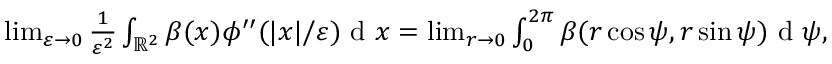
\begin{array} { r } { \operatorname* { l i m } _ { \varepsilon \to 0 } \frac { 1 } { \varepsilon ^ { 2 } } \int _ { \mathbb { R } ^ { 2 } } \beta ( x ) \phi ^ { \prime \prime } ( | x | / \varepsilon ) \textrm { d } x = \operatorname* { l i m } _ { r \to 0 } \int _ { 0 } ^ { 2 \pi } \beta ( r \cos \psi , r \sin \psi ) \textrm { d } \psi , } \end{array}